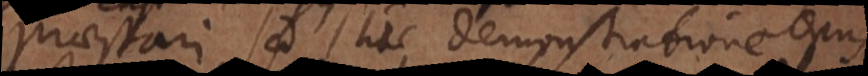
praestari, sed hic demonstratione opus